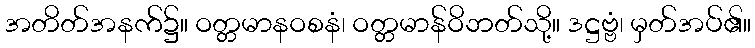
အတိတ်အနက်၌။ ဝတ္တမာနဝစနံ၊ ဝတ္တမာန်ဝိဘတ်သို့။ ဒဋ္ဌဗ္ဗံ၊ မှတ်အပ်၏။